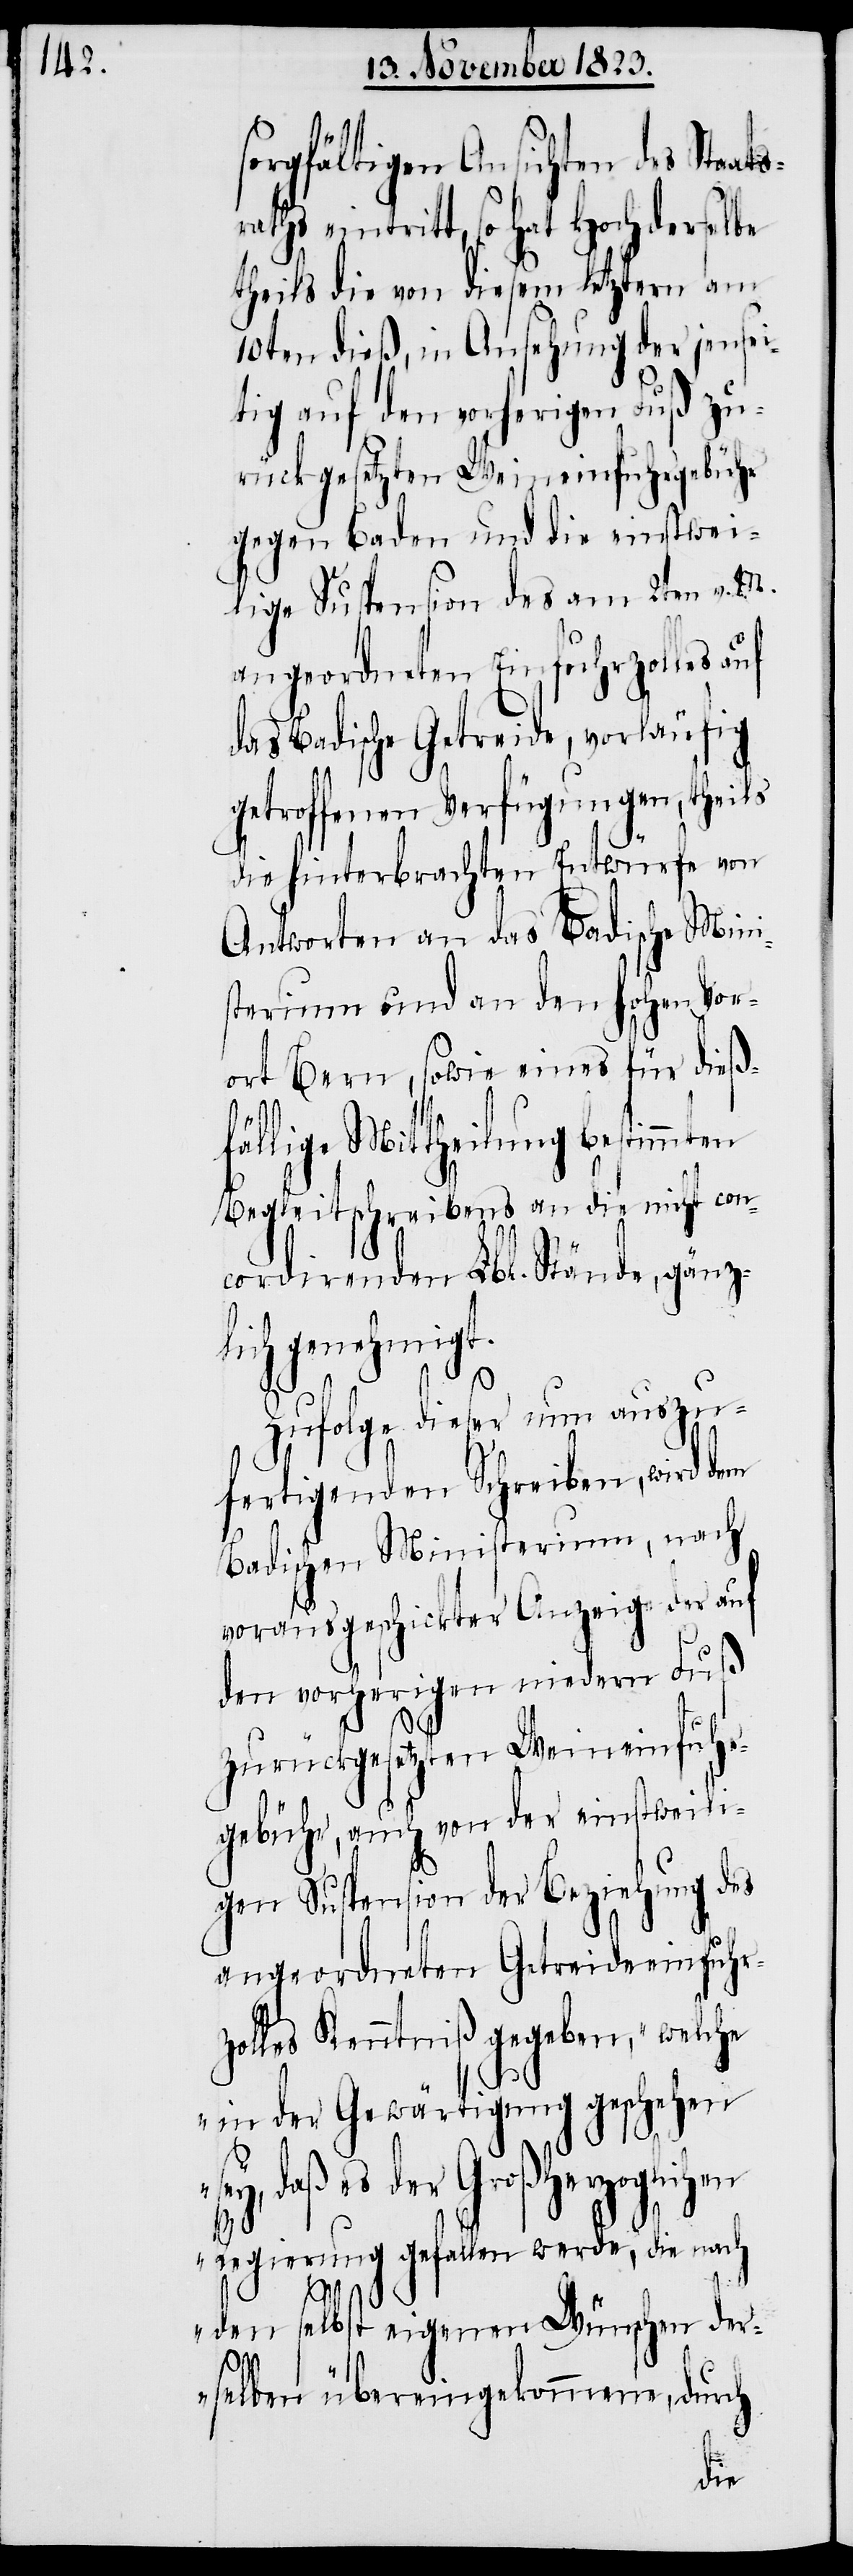
sorgfältigen Ansichten des Staat¬
aths eintritt, so hat Hochderselbe
theils die von diesem letztern am
10ten dieß, in Ansehung der jensei¬
tig auf den vorherigen Fuß zu¬
rückgesetzten Weineinfuhrgebühr
gegen Baden und die einstwei¬
lige Suspension des am 2ten v. M.
angeordneten Einfuhrzolles auf
das Badische Getreide, vorläufig
getroffenen Verfügungen, theils
die hinterbrachten Entwürfe von
Antworten an das Badische Mini¬
sterium und an den hohen Vor¬
ort Bern, sowie eines für dieß¬
fällige Mittheilung bestimmten
Begleitschreibens an die nicht con¬
cordirenden Lbl. Stände, gänz¬
lich genehmigt.
Zufolge dieser nun auszu¬
fertigenden Schreiben, wird dem
Badischen Ministerium, nach
vorausgeschickter Anzeige der auf
den vorherigen niedern Fuß
zurückgesetzten Weineinfuhr¬
gebühr, auch von der einstweili¬
gen Suspension der Beziehung des
angeordneten Getreideeinfuhrz¬
olles Kenntniß gegeben, „welche
in der Gewärtigung geschehen
es der Großherzoglichen
Regierung gefallen werde, die nach
den selbst eigenen Wünschen der¬
selben übereingekommene, durch
sr¬